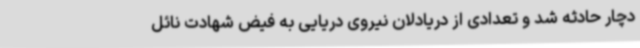
دچار حادثه شد و تعدادی از دریادلان نیروی دریایی به فیض شهادت نائل